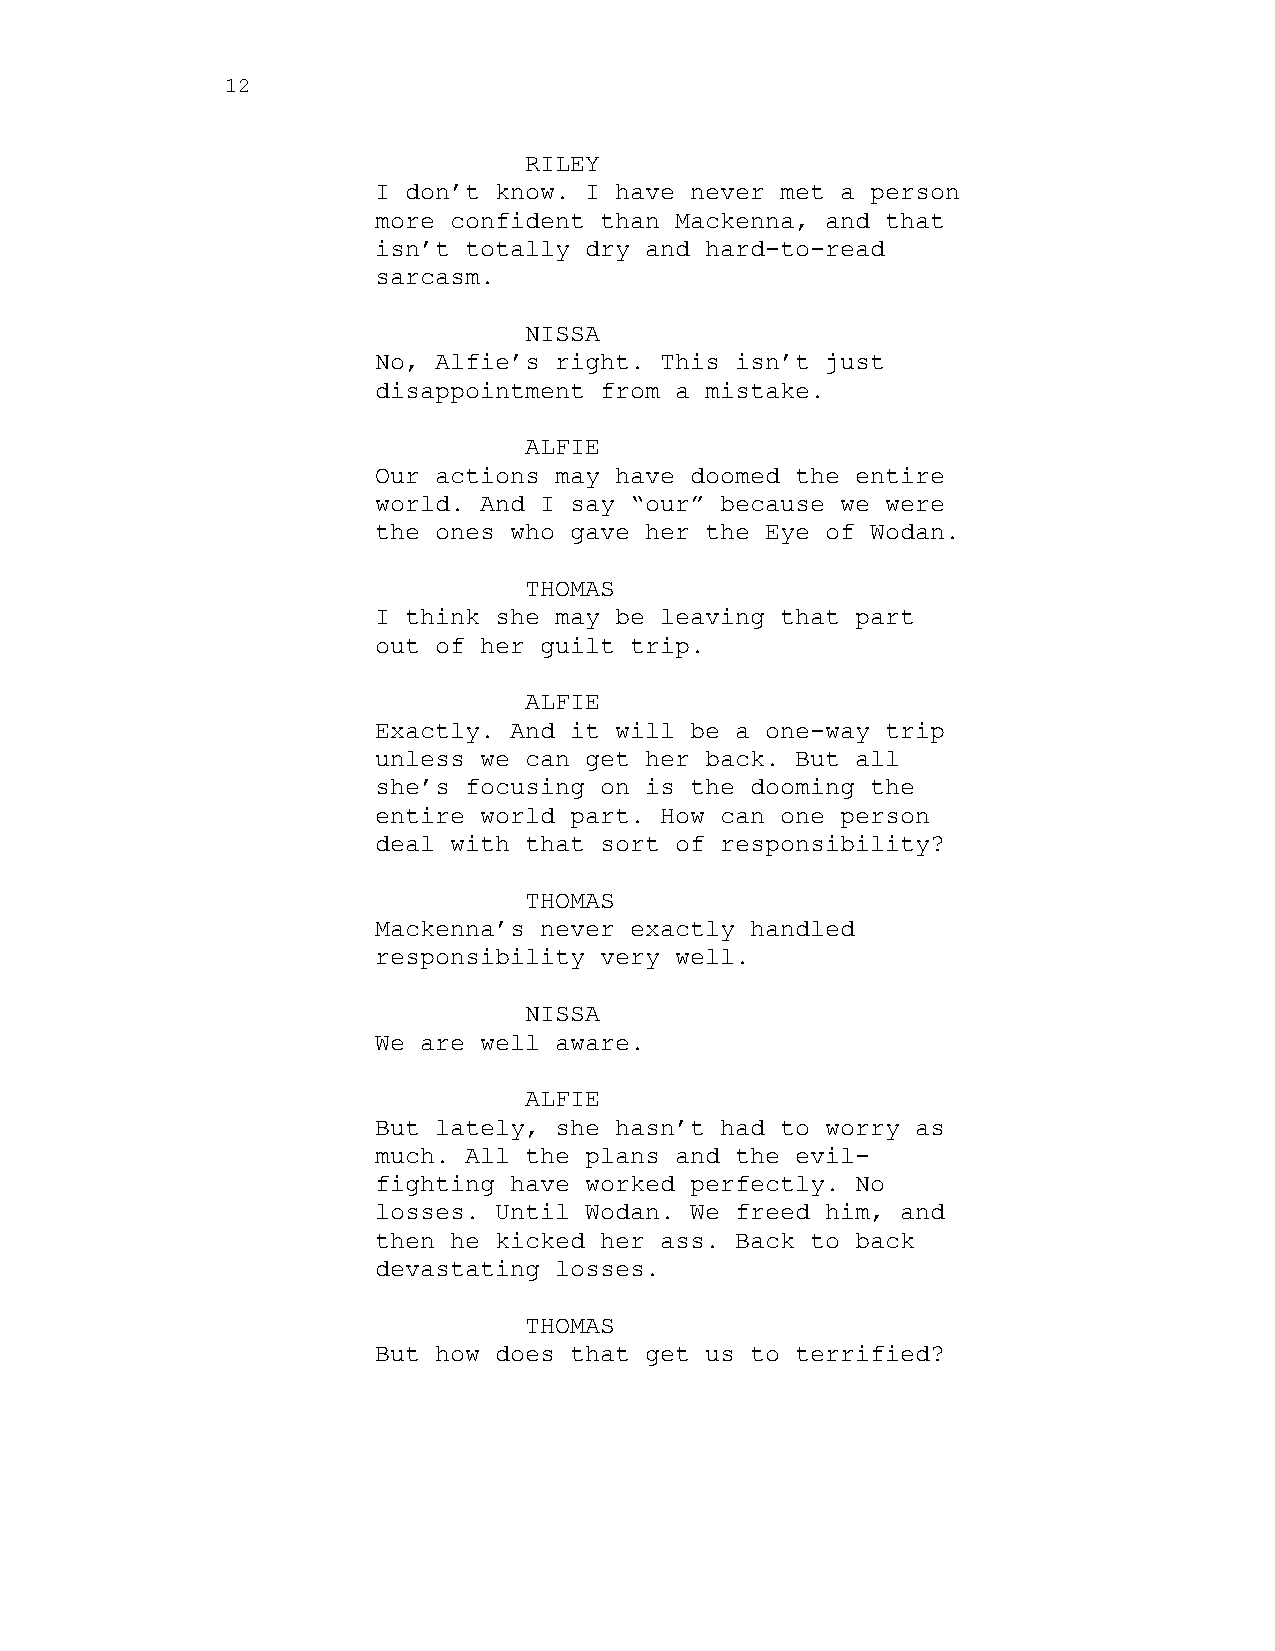
12
 RILEY
 I don’t know. I have never met a person
 more confident than Mackenna, and that
 isn’t totally dry and hard-to-read
 sarcasm.
 NISSA
 No, Alfie’s right. This isn’t just
 disappointment from a mistake.
 ALFIE
 Our actions may have doomed the entire
 world. And I say “our” because we were
 the ones who gave her the Eye of Wodan.
 THOMAS
 I think she may be leaving that part
 out of her guilt trip.
 ALFIE
 Exactly. And it will be a one-way trip
 unless we can get her back. But all
 she’s focusing on is the dooming the
 entire world part. How can one person
 deal with that sort of responsibility?
 THOMAS
 Mackenna’s never exactly handled
 responsibility very well.
 NISSA
 We are well aware.
 ALFIE
 But lately, she hasn’t had to worry as
 much. All the plans and the evil-
 fighting have worked perfectly. No
 losses. Until Wodan. We freed him, and
 then he kicked her ass. Back to back
 devastating losses.
 THOMAS
 But how does that get us to terrified?